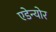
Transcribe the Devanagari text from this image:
एडेन्योर